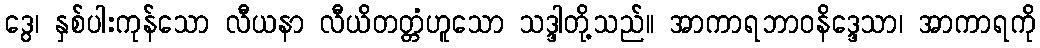
ဒွေ၊ နှစ်ပါးကုန်သော လီယနာ လီယိတတ္တံဟူသော သဒ္ဒါတို့သည်။ အာကာရဘာဝနိဒ္ဒေသာ၊ အာကာရကို